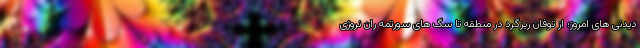
دیدنی های امروز؛ از توفان ریزگرد در منطقه تا سگ های سورتمه ران نروژی